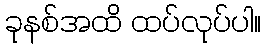
ခုနစ်အထိ ထပ်လုပ်ပါ။